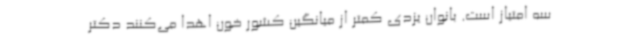
سه امتیاز است. بانوان یزدی کمتر از میانگین کشور خون اهدا می‌کنند دکتر